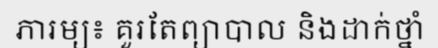
ភារម្យ៖ គួរតែព្យាបាល និងដាក់ថ្នាំ